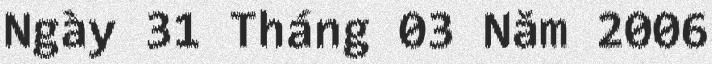
Ngày 31 Tháng 03 Năm 2006